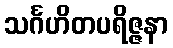
သင်္ဂဟိတပရိဇ္ဇနာ